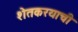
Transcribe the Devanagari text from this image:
शेतकरयाची